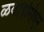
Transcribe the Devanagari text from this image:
ळवोइसिएर